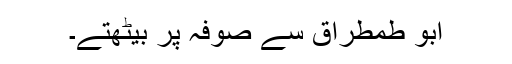
ابو طمطراق سے صوفہ پر بیٹھتے۔